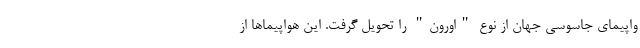
واپیمای جاسوسی جهان از نوع "اورون" را تحویل گرفت. این هواپیماها از